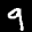
Label: 9